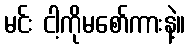
မင်း ငါ့ကိုမစော်ကားနဲ့။